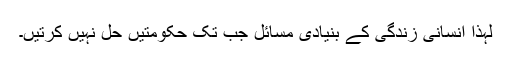
لہٰذا انسانی زندگی کے بنیادی مسائل جب تک حکومتیں حل نہیں کرتیں۔